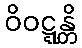
ဝိဝဋ္ဋန္တိ